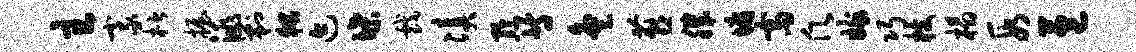
主豪楷握洮剿狱迹堞戏凑黔等灸燕肌墉斋愿嫁巧枝榻段苞